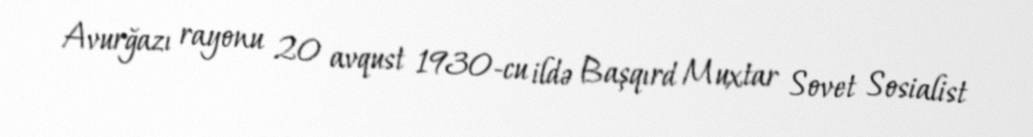
Avurğazı rayonu 20 avqust 1930-cu ildə Başqırd Muxtar Sovet Sosialist